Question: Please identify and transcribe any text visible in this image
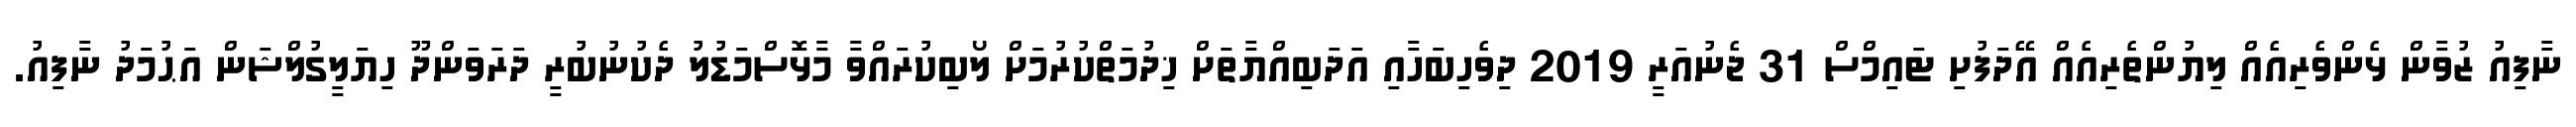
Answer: ނާފިއު ޒުވާން ޅެންވެރިއެއް ލިޔުންތެރިއެއް އޭދަފުށި ޓައިމްސް 31 ޖެނުއަރީ 2019 ދިވެހިބަހާއި އަދަބިއްޔާތަށް ޚިދުމަތްކުރުމަށް ލޯބިކުރައްވާ މާޅޮސްމަޑުލު ދެކުނުބުރީ ދަރަވަންދޫ ހިޔަލީގުލްޝަން އަޙުމަދު ނާފިއު.